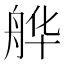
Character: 𱼺